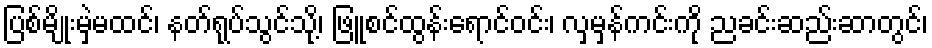
ပြစ်မျိုးမှဲ့မထင်၊ နတ်ရုပ်သွင်သို့၊ ဖြူစင်ထွန်းရောင်ဝင်း၊ လှမှန်ကင်းကို ညခင်းဆည်းဆာတွင်၊